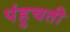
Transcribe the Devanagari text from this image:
पंहुचती